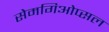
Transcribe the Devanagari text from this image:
सेमगिओप्सल